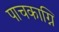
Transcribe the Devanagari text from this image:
पाचकाग्नि